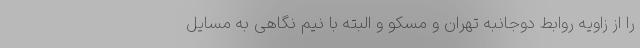
را از زاویه روابط دوجانبه تهران و مسکو و البته با نیم نگاهی به مسایل